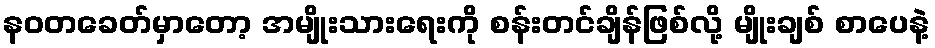
နဝတခေတ်မှာတော့ အမျိုးသားရေးကို စန်းတင်ချိန်ဖြစ်လို့ မျိုးချစ် စာပေနဲ့